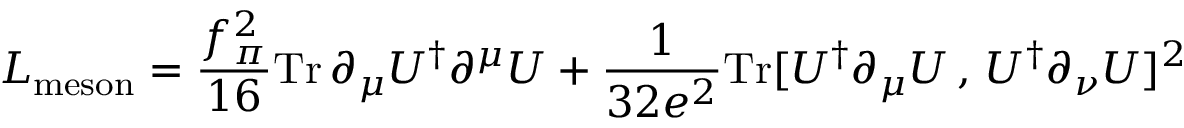
{ \cal L } _ { \mathrm { m e s o n } } = \frac { f _ { \pi } ^ { 2 } } { 1 6 } \mathrm { T r } \, \partial _ { \mu } U ^ { \dagger } \partial ^ { \mu } U + \frac { 1 } { 3 2 e ^ { 2 } } \mathrm { T r } [ U ^ { \dagger } \partial _ { \mu } U \, , \, U ^ { \dagger } \partial _ { \nu } U ] ^ { 2 }